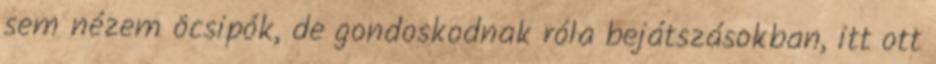
sem nézem öcsipók, de gondoskodnak róla bejátszásokban, itt ott